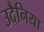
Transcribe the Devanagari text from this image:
उदैनिया